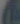
(